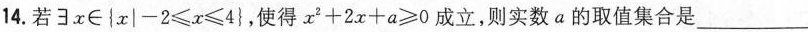
14.若$$∃ x \in | x | - 2 ≤ x ≤ 4 }$$，使得$$x ^ { 2 } + 2 x + a ≥ 0$$成立，则实数a的取值集合是____